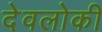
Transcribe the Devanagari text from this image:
देवलोकी